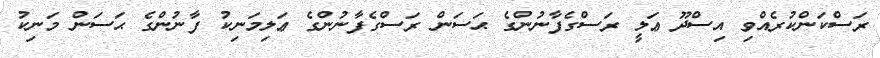
ރަސްކަންކުރެއްވި އިސްދޫ ޢަލީ ރަސްގެފާނުންގެ ޙަސަން ރަސްގެފާނުންގެ ޢަލިމަނިކު ފާނުންގެ ޙަސަން މަނިކު